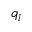
q _ { l }